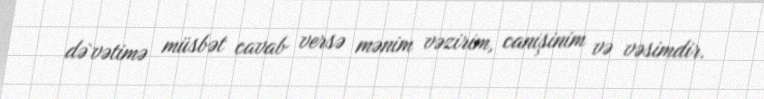
də`vətimə müsbət cavab versə mənim vəzirim, canişinim və vəsimdir.